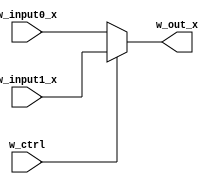
module mux_221 #(parameter WIDTH=5)(
    w_input0_x,
    w_input1_x,
    w_out_x,
    w_ctrl
);

input wire [WIDTH-1:0] w_input0_x, w_input1_x;
input wire w_ctrl;
output reg [WIDTH-1:0] w_out_x;
reg [WIDTH-1:0] invalid_state = {(WIDTH-1){1'bX}};
always @(*) begin
    if(w_ctrl)
        w_out_x = w_input1_x;
    else if(~w_ctrl)
        w_out_x = w_input0_x;
    else 
        w_out_x = invalid_state;
end

endmodule